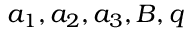
a _ { 1 } , a _ { 2 } , a _ { 3 } , B , q